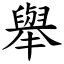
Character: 舉